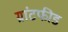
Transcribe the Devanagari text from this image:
ग्रांटफीड